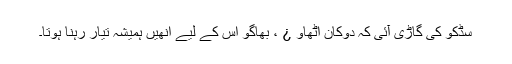
سڈکو کی گاڑی آئی کہ دوکان اٹھاو ¿ ، بھاگو اس کے لیے انھیں ہمیشہ تیّار رہنا ہوتا۔